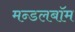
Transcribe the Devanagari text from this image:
मन्डलबॉम